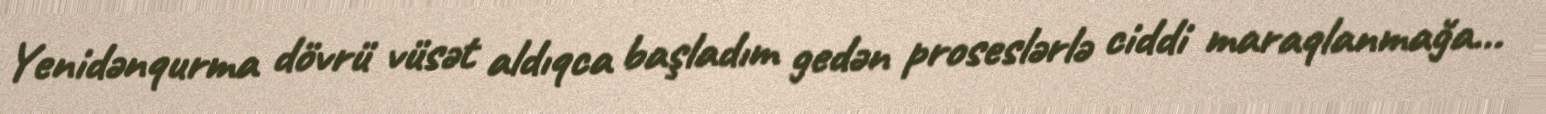
Yenidənqurma dövrü vüsət aldıqca başladım gedən proseslərlə ciddi maraqlanmağa…